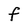
Character: F